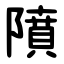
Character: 隫